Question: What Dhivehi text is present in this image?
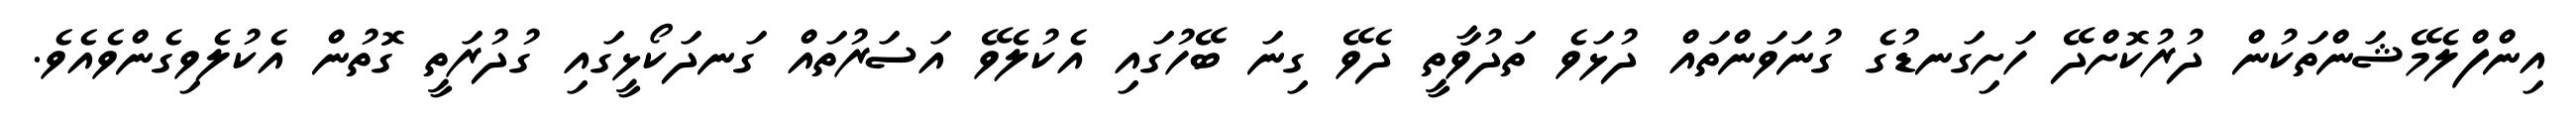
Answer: އިންފްލެމޭޝަންތަކުން ދުރުކޮށްދޭ ހަށިގަނޑުގެ ގުނަވަންތައް ދުޅަވެ ތަދުވާތީ ދެވޭ ގިނަ ބޭހުގައި އެކުލެވޭ އަސަރުތައް ގަނދަކޯޅީގައި ގުދުރަތީ ގޮތުން އެކުލެވިގެންވެއެވެ.